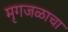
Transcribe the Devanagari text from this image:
मृगजळाचा